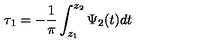
\tau _ { 1 } = - \frac { 1 } { \pi } \int _ { z _ { 1 } } ^ { z _ { 2 } } \Psi _ { 2 } ( t ) d t